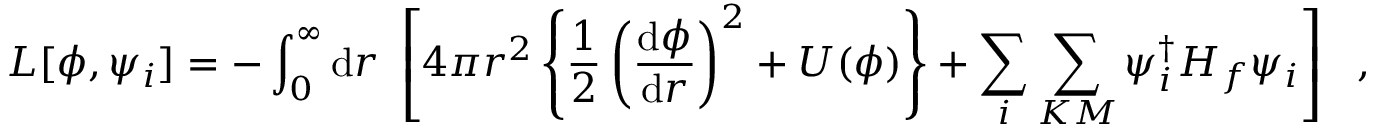
L [ \phi , \psi _ { i } ] = - \int _ { 0 } ^ { \infty } \mathrm { d } r ~ \left[ 4 \pi r ^ { 2 } \left\{ \frac { 1 } { 2 } \left( \frac { \mathrm { d } \phi } { \mathrm { d } r } \right) ^ { 2 } + U ( \phi ) \right\} + \sum _ { i } \sum _ { K M } \psi _ { i } ^ { \dagger } H _ { f } \psi _ { i } \right] ~ ~ ,